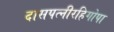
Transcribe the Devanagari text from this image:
दासपत्नीरहिगोपा